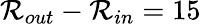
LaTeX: \mathcal{R}_{out}-\mathcal{R}_{in}=15